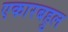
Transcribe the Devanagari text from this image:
एकारबहुल